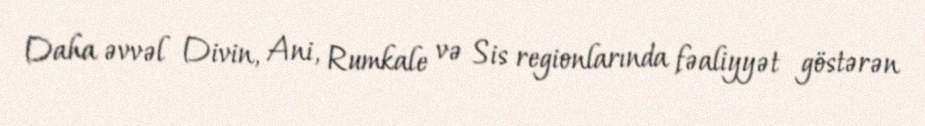
Daha əvvəl Divin, Ani, Rumkale və Sis regionlarında fəaliyyət göstərən